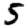
Digit: 5